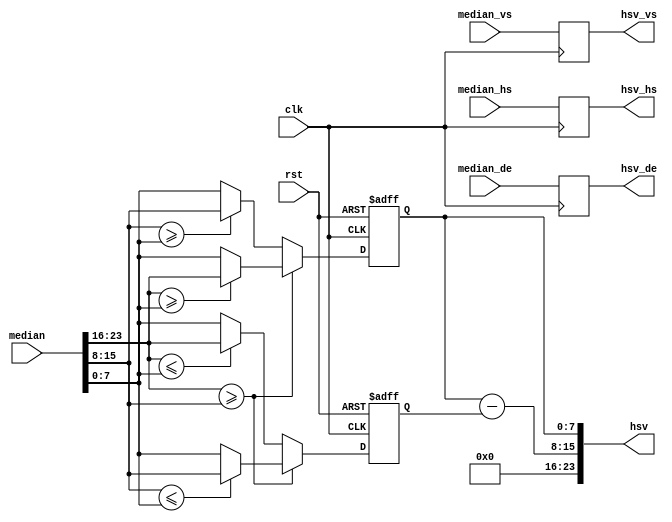
module rgb2hsv (
	input			clk,
	input			rst,
	input			median_hs,
	input			median_vs,
	input			median_de,
	input[23:0]	median,
	output reg	hsv_hs,
	output reg	hsv_vs,
	output reg	hsv_de,
	output[23:0]hsv
);

wire[7:0]	red,green,blue;
wire[7:0]	hue,saturation,value;

assign red	=	median[23:16];
assign green=	median[15:8];
assign blue	=	median[7:0];

assign hsv	=	{hue,saturation,value};

reg[7:0]		max;
reg[7:0]		min;

assign hue	=	8'd0;//ignored
assign saturation = max - min;
assign value=	max;

always@(posedge clk or posedge rst)
begin
	if(rst==1'b1)
	begin
		max <= 8'd0;
		min <= 8'd0;
	end
	else if(red >= green)
	begin
		if(red >= blue)
			max <= red;
		else
			max <= blue;
		if(green <= blue)
			min <= green;
		else
			min <= blue;
	end
	else
	begin
		if(green >= blue)
			max <= green;
		else
			max <= blue;
		if(red <= blue)
			min <= red;
		else
			min <= blue;
	end
end

always@(posedge clk)
begin
	hsv_hs <= median_hs;
	hsv_vs <= median_vs;
	hsv_de <= median_de;
end
endmodule